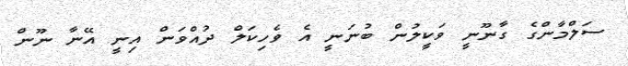
ސަލްމާންގެ ގާނޫނީ ވަކީލުން ބުނަނީ އެ ވެހިކަލް ދުއްވަން އިނީ އޭނާ ނޫން